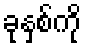
ခုနှစ်ကို